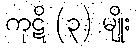
ကုဋိ (၃) မျိုး